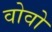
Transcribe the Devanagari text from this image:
वोवो